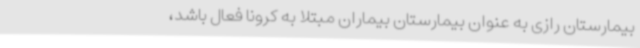
بیمارستان رازی به عنوان بیمارستان بیماران مبتلا به کرونا فعال باشد،